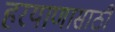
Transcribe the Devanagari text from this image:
हरयाणासाठी